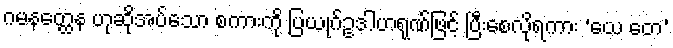
ဂမနတ္ထေန ဟုဆိုအပ်သော စကားကို ပြယုဂ်ဥဒါဟရုဏ်ဖြင့် ပြီးစေလိုရကား ‘ယေ တေ’